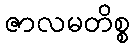
ဇာလမတိစ္စ